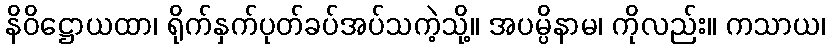
နိဝိဋ္ဌောယထာ၊ ရိုက်နှက်ပုတ်ခပ်အပ်သကဲ့သို့။ အပမ္ပိနာမ၊ ကိုလည်း။ ကသာယ၊